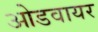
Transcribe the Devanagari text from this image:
ओडवायर